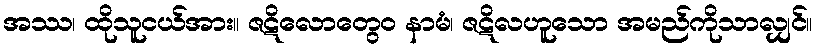
အဿ၊ ထိုသူငယ်အား။ ဇဋိလောတွေဝ နာမံ၊ ဇဋိလဟူသော အမည်ကိုသာလျှင်။